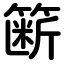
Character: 簖